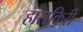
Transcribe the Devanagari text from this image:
हाराकिरी